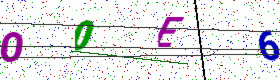
Text: O0E6